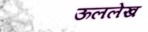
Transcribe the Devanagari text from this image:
ऊललेख